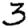
Digit: 3